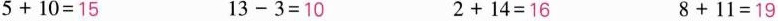
$$5 + 1 0 = 1 5$$ $$1 3 - 3 = 1 0$$ $$2 + 1 4 = 1 6$$ $$8 + 1 1 = 1 9$$